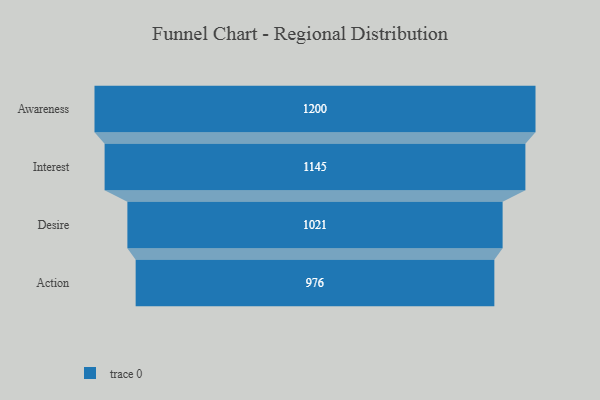
{"axis": {"x": "Stage", "y": "Value"}, "legend": [""], "data": [{"x": "Awareness", "y": 1200.0, "type": ""}, {"x": "Interest", "y": 1145.0, "type": ""}, {"x": "Desire", "y": 1021.0, "type": ""}, {"x": "Action", "y": 976.0, "type": ""}]}